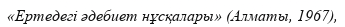
«Ертедегі әдебиет нұсқалары» (Алматы, 1967),